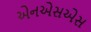
એનએસએસ